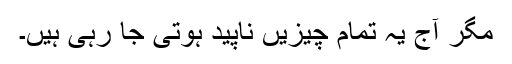
مگر آج یہ تمام چیزیں ناپید ہوتی جا رہی ہیں۔